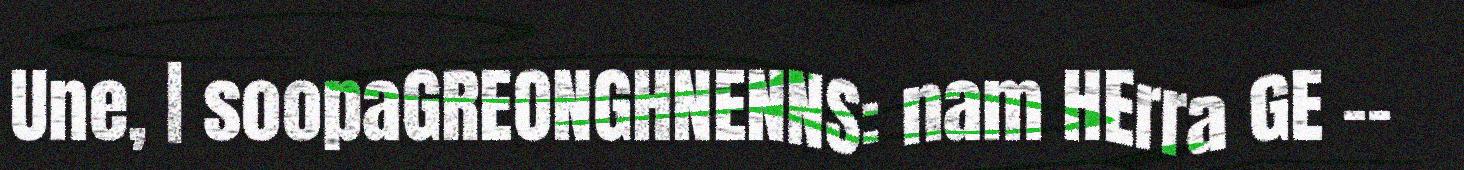
Une, | soopaGREONGHNENNS: nam HErra GE --